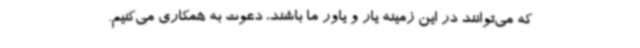
که می‌توانند در این زمینه یار و یاور ما باشند، دعوت به همکاری می‌کنیم.